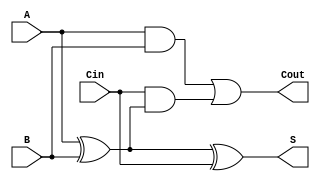
module full_adder (
    input wire A,      // First binary input
    input wire B,      // Second binary input
    input wire Cin,    // Carry-in input
    output wire S,     // Sum output
    output wire Cout   // Carry-out output
);

// Behavioral description of the sum and carry-out
assign S = A ^ B ^ Cin;                    // Sum is A XOR B XOR Cin
assign Cout = (A & B) | (Cin & (A ^ B));  // Carry-out is (A AND B) OR (Cin AND (A XOR B))

endmodule